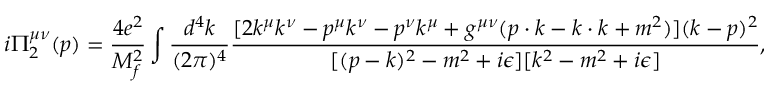
i \Pi _ { 2 } ^ { \mu \nu } ( p ) = \frac { 4 e ^ { 2 } } { M _ { f } ^ { 2 } } \int \frac { d ^ { 4 } k } { ( 2 \pi ) ^ { 4 } } \frac { [ 2 k ^ { \mu } k ^ { \nu } - p ^ { \mu } k ^ { \nu } - p ^ { \nu } k ^ { \mu } + g ^ { \mu \nu } ( p \cdot k - k \cdot k + m ^ { 2 } ) ] ( k - p ) ^ { 2 } } { [ ( p - k ) ^ { 2 } - m ^ { 2 } + i \epsilon ] [ k ^ { 2 } - m ^ { 2 } + i \epsilon ] } ,